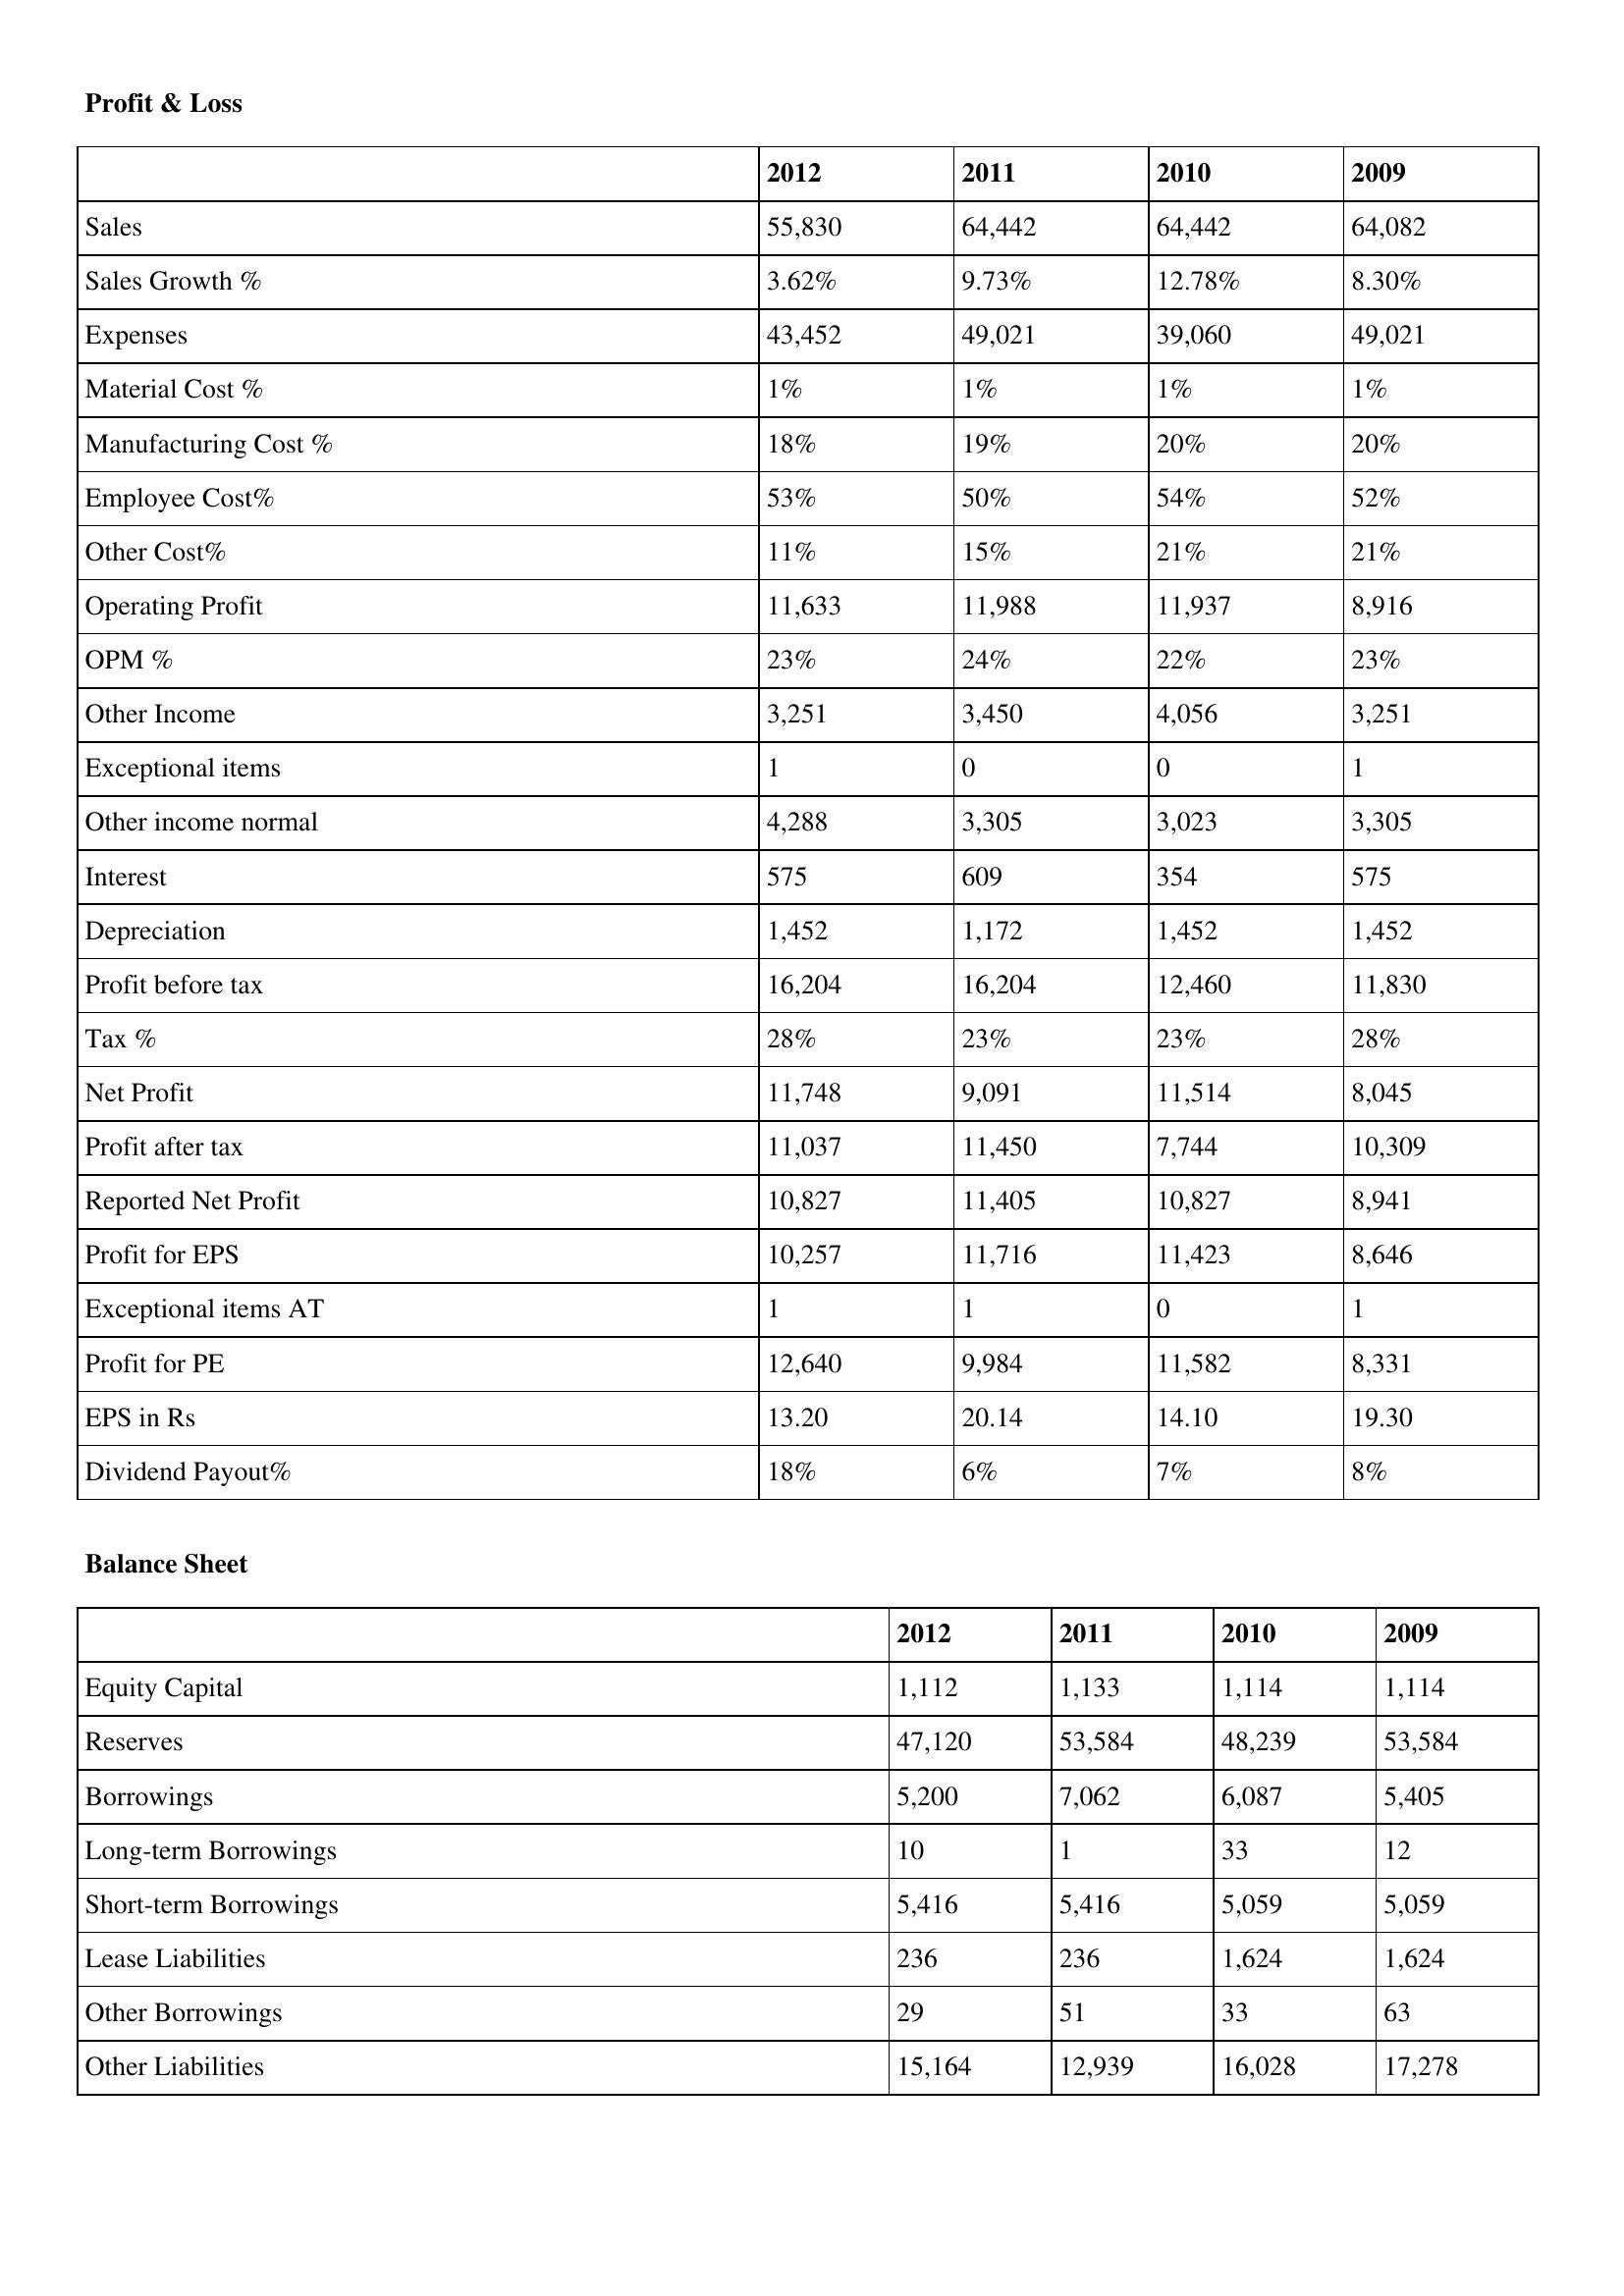
gt_parse: 2012: Profit & Loss: Sales: 55,830
Sales Growth %: 3.62%
Expenses: 43,452
Material Cost %: 1%
Manufacturing Cost %: 18%
Employee Cost%: 53%
Other Cost%: 11%
Operating Profit: 11,633
OPM %: 23%
Other Income: 3,251
Exceptional items: 1
Other income normal: 4,288
Interest: 575
Depreciation: 1,452
Profit before tax: 16,204
Tax %: 28%
Net Profit: 11,748
Profit after tax: 11,037
Reported Net Profit: 10,827
Profit for EPS: 10,257
Exceptional items AT: 1
Profit for PE: 12,640
EPS in Rs: 13.20
Dividend Payout%: 18%
Balance Sheet: Equity Capital: 1,112
Reserves: 47,120
Borrowings: 5,200
Long-term Borrowings: 10
Short-term Borrowings: 5,416
Lease Liabilities: 236
Other Borrowings: 29
Other Liabilities: 15,164
2011: Profit & Loss: Sales: 64,442
Sales Growth %: 9.73%
Expenses: 49,021
Material Cost %: 1%
Manufacturing Cost %: 19%
Employee Cost%: 50%
Other Cost%: 15%
Operating Profit: 11,988
OPM %: 24%
Other Income: 3,450
Exceptional items: 0
Other income normal: 3,305
Interest: 609
Depreciation: 1,172
Profit before tax: 16,204
Tax %: 23%
Net Profit: 9,091
Profit after tax: 11,450
Reported Net Profit: 11,405
Profit for EPS: 11,716
Exceptional items AT: 1
Profit for PE: 9,984
EPS in Rs: 20.14
Dividend Payout%: 6%
Balance Sheet: Equity Capital: 1,133
Reserves: 53,584
Borrowings: 7,062
Long-term Borrowings: 1
Short-term Borrowings: 5,416
Lease Liabilities: 236
Other Borrowings: 51
Other Liabilities: 12,939
2010: Profit & Loss: Sales: 64,442
Sales Growth %: 12.78%
Expenses: 39,060
Material Cost %: 1%
Manufacturing Cost %: 20%
Employee Cost%: 54%
Other Cost%: 21%
Operating Profit: 11,937
OPM %: 22%
Other Income: 4,056
Exceptional items: 0
Other income normal: 3,023
Interest: 354
Depreciation: 1,452
Profit before tax: 12,460
Tax %: 23%
Net Profit: 11,514
Profit after tax: 7,744
Reported Net Profit: 10,827
Profit for EPS: 11,423
Exceptional items AT: 0
Profit for PE: 11,582
EPS in Rs: 14.10
Dividend Payout%: 7%
Balance Sheet: Equity Capital: 1,114
Reserves: 48,239
Borrowings: 6,087
Long-term Borrowings: 33
Short-term Borrowings: 5,059
Lease Liabilities: 1,624
Other Borrowings: 33
Other Liabilities: 16,028
2009: Profit & Loss: Sales: 64,082
Sales Growth %: 8.30%
Expenses: 49,021
Material Cost %: 1%
Manufacturing Cost %: 20%
Employee Cost%: 52%
Other Cost%: 21%
Operating Profit: 8,916
OPM %: 23%
Other Income: 3,251
Exceptional items: 1
Other income normal: 3,305
Interest: 575
Depreciation: 1,452
Profit before tax: 11,830
Tax %: 28%
Net Profit: 8,045
Profit after tax: 10,309
Reported Net Profit: 8,941
Profit for EPS: 8,646
Exceptional items AT: 1
Profit for PE: 8,331
EPS in Rs: 19.30
Dividend Payout%: 8%
Balance Sheet: Equity Capital: 1,114
Reserves: 53,584
Borrowings: 5,405
Long-term Borrowings: 12
Short-term Borrowings: 5,059
Lease Liabilities: 1,624
Other Borrowings: 63
Other Liabilities: 17,278